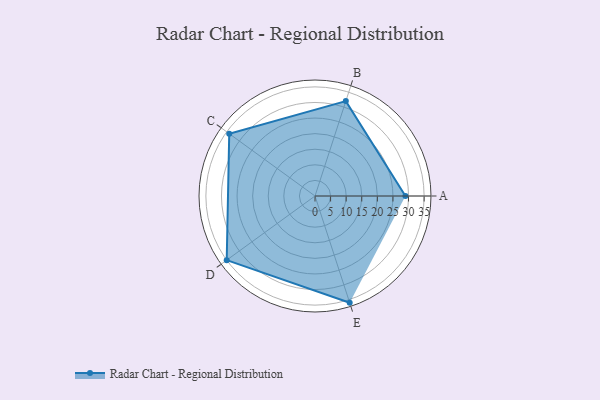
{"axis": {"x": "Skill", "y": "Score"}, "legend": ["Profile"], "data": [{"x": "A", "y": 29.0, "type": "Profile"}, {"x": "B", "y": 32.0, "type": "Profile"}, {"x": "C", "y": 34.0, "type": "Profile"}, {"x": "D", "y": 35.0, "type": "Profile"}, {"x": "E", "y": 36.0, "type": "Profile"}]}